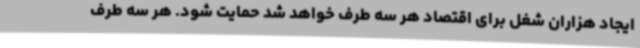
ایجاد هزاران شغل برای اقتصاد هر سه طرف خواهد شد حمایت شود. هر سه طرف